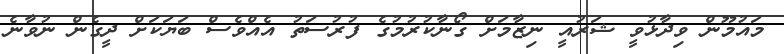
މައުމޫން ވިދާޅުވީ ޝަރުއީ ނިޒާމަށް ގޯނާކުރުމުގެ ފުރުސަތު އެއްވެސް ބަޔަކަށް ދީގެން ނުވާނެ